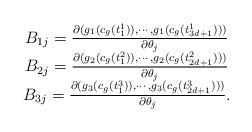
LaTeX: \begin{align*}\begin{array}{c}B_{1j}={\partial (g_1(c_g(t^1_1)), \cdots, g_1(c_g(t^1_{3d+1})))\over \partial \theta_j}\\B_{2j}={\partial (g_2(c_g(t^2_1)), \cdots, g_2(c_g(t^2_{2d+1})))\over \partial \theta_j}\\B_{3j}={\partial (g_3(c_g(t^3_1)), \cdots, g_3(c_g(t^3_{2d+1})))\over \partial \theta_j}.\end{array}\end{align*}